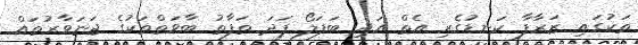
ތަކުގައި ޒަރާފާ ކަނޑުގެރި އެތް އަދި ބަފަލޯ ފަދަ ތަފާތު ބާވަތްތަކުގެ ޖަނަވާރުތައް